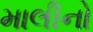
માલીનો